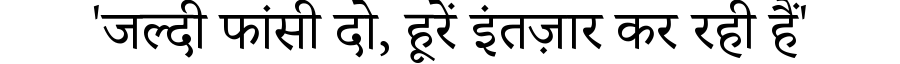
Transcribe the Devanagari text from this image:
'जल्दी फांसी दो, हूरें इंतज़ार कर रही हैं'